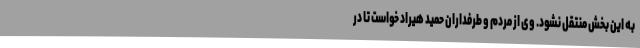
به این بخش منتقل نشود. وی از مردم و طرفداران حمید هیراد خواست تا در